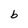
Character: b